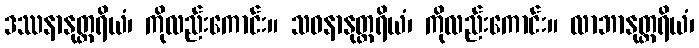
ဒဿနာနုတ္တရိယံ၊ ကိုလည်းကောင်း။ သဝနာနုတ္တရိယံ၊ ကိုလည်းကောင်း။ လာဘာနုတ္တရိယံ၊